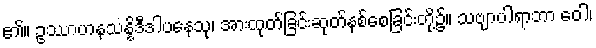
၏။ ဥဿာဟနသန္နိဒီဒါပနေသု၊ အားထုတ်ခြင်းဆုတ်နစ်စေခြင်းတို့၌။ သဗျာပါရာဘာ ဝေါ၊